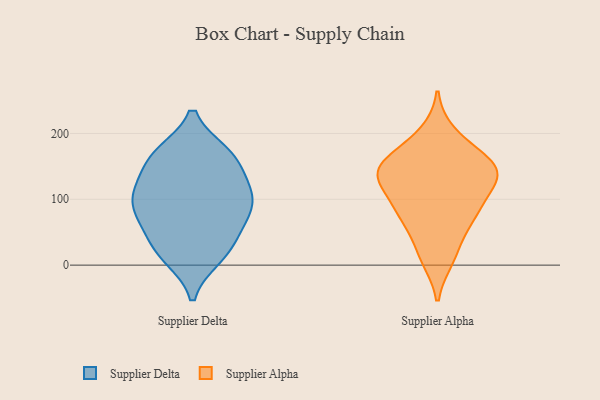
{"axis": {"x": "Tickets Resolved", "y": "Value"}, "legend": ["Supplier Alpha", "Supplier Delta"], "data": [{"x": "", "y": 75, "type": "Supplier Delta"}, {"x": "", "y": 111, "type": "Supplier Delta"}, {"x": "", "y": 101, "type": "Supplier Delta"}, {"x": "", "y": 164, "type": "Supplier Delta"}, {"x": "", "y": 138, "type": "Supplier Delta"}, {"x": "", "y": 49, "type": "Supplier Delta"}, {"x": "", "y": 127, "type": "Supplier Delta"}, {"x": "", "y": 12, "type": "Supplier Delta"}, {"x": "", "y": 11, "type": "Supplier Delta"}, {"x": "", "y": 72, "type": "Supplier Delta"}, {"x": "", "y": 43, "type": "Supplier Delta"}, {"x": "", "y": 170, "type": "Supplier Delta"}, {"x": "", "y": 170, "type": "Supplier Delta"}, {"x": "", "y": 91, "type": "Supplier Delta"}, {"x": "", "y": 90, "type": "Supplier Delta"}, {"x": "", "y": 22, "type": "Supplier Delta"}, {"x": "", "y": 169, "type": "Supplier Delta"}, {"x": "", "y": 109, "type": "Supplier Delta"}, {"x": "", "y": 142, "type": "Supplier Alpha"}, {"x": "", "y": 79, "type": "Supplier Alpha"}, {"x": "", "y": 19, "type": "Supplier Alpha"}, {"x": "", "y": 141, "type": "Supplier Alpha"}, {"x": "", "y": 10, "type": "Supplier Alpha"}, {"x": "", "y": 200, "type": "Supplier Alpha"}, {"x": "", "y": 131, "type": "Supplier Alpha"}, {"x": "", "y": 149, "type": "Supplier Alpha"}, {"x": "", "y": 137, "type": "Supplier Alpha"}, {"x": "", "y": 62, "type": "Supplier Alpha"}, {"x": "", "y": 94, "type": "Supplier Alpha"}, {"x": "", "y": 144, "type": "Supplier Alpha"}, {"x": "", "y": 101, "type": "Supplier Alpha"}, {"x": "", "y": 179, "type": "Supplier Alpha"}, {"x": "", "y": 154, "type": "Supplier Alpha"}, {"x": "", "y": 73, "type": "Supplier Alpha"}]}